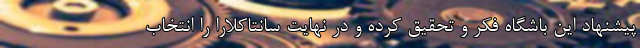
پیشنهاد این باشگاه فکر و تحقیق کرده و در نهایت سانتاکلارا را انتخاب